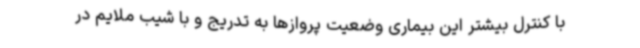
با کنترل بیشتر این بیماری وضعیت پروازها به تدریج و با شیب ملایم در